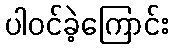
ပါဝင်ခဲ့ကြောင်း